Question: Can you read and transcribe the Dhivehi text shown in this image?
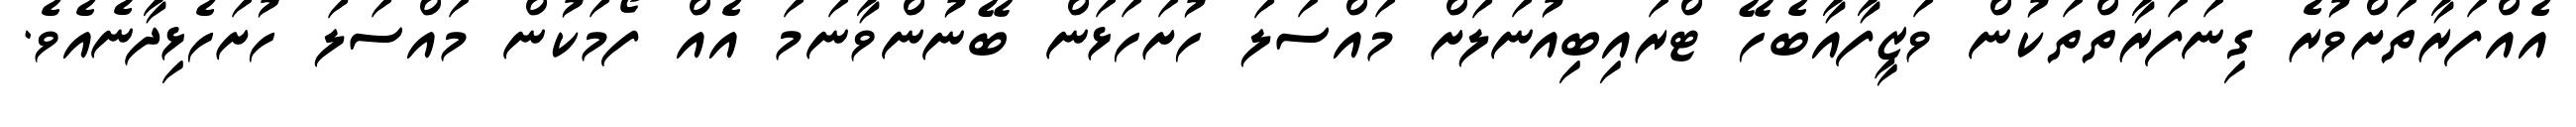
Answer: އެއްފަރާތަށްވުރެ ގިނަފަރާތްތަކުން ވަޒީފާއާބެހޭ ޓްރައިބިއުނަލަށް މައްސަލަ ހުށަހަޅަން ބޭނުންވާނަމަ އެއް ފޯމަކުން މައްސަލަ ހުށަހެޅިދާނެއެވެ.